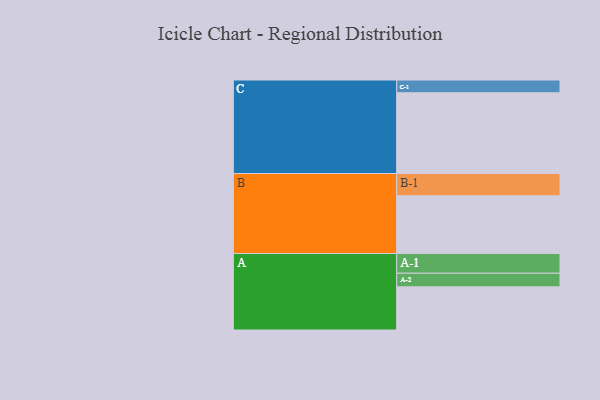
{"axis": {"x": "Segment", "y": "Value"}, "legend": ["", "A", "B", "C"], "data": [{"x": "A", "y": 304, "type": ""}, {"x": "B", "y": 407, "type": ""}, {"x": "C", "y": 569, "type": ""}, {"x": "A-1", "y": 139, "type": "A"}, {"x": "A-2", "y": 96, "type": "A"}, {"x": "B-1", "y": 157, "type": "B"}, {"x": "C-1", "y": 90, "type": "C"}]}